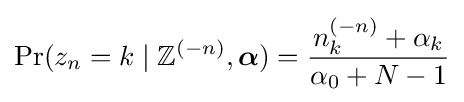
\Pr(z_{n}=k\mid \mathbb {Z} ^{(-n)},{\boldsymbol {\alpha }})={\frac {n_{k}^{(-n)}+\alpha _{k}}{\alpha _{0}+N-1}}